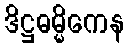
ဒိဋ္ဌဓမ္မိကေန